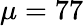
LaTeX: \mu=77